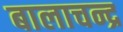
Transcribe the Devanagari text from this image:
बालाचन्द्र